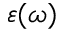
\varepsilon ( \omega )